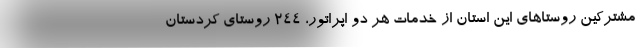
مشترکین روستاهای این استان از خدمات هر دو اپراتور، 244 روستای کردستان